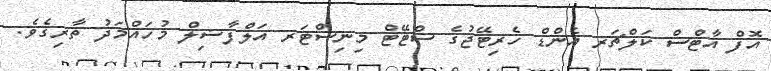
އޮފް އާޓްސް ކަލްޗަރ އެންޑް ހެރިޓޭޖުގެ ސްޓޭޓް މިނިސްޓަރ އަލްފާޟިލް މުހައްމަދު ތާރިޤެވެ.